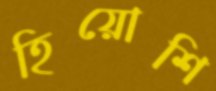
হিয়োশি